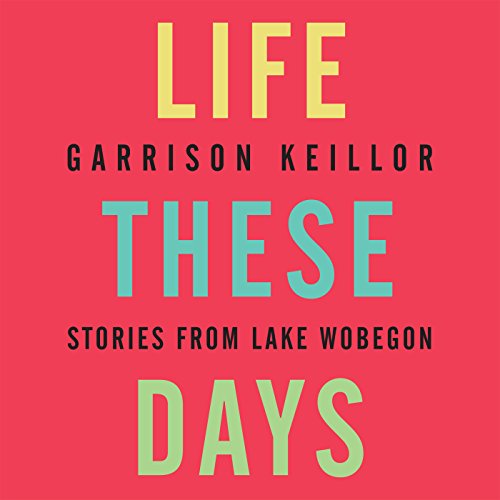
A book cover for Life These Days: Stories from Lake Wobegon; Garrison Keillor; Humor & Entertainment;